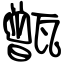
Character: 甑